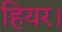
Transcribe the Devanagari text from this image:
हियर।